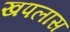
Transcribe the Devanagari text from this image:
खपलास